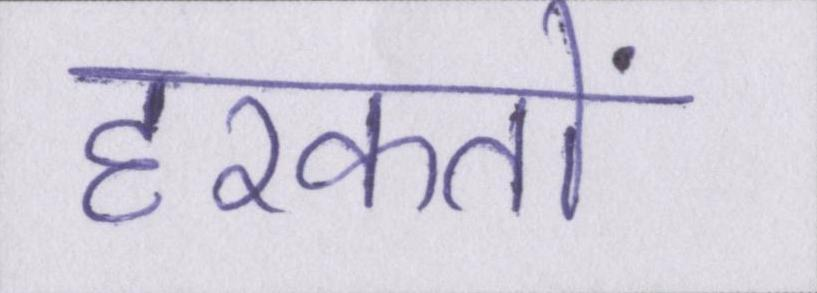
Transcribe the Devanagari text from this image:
हरकतों